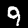
Digit: 9